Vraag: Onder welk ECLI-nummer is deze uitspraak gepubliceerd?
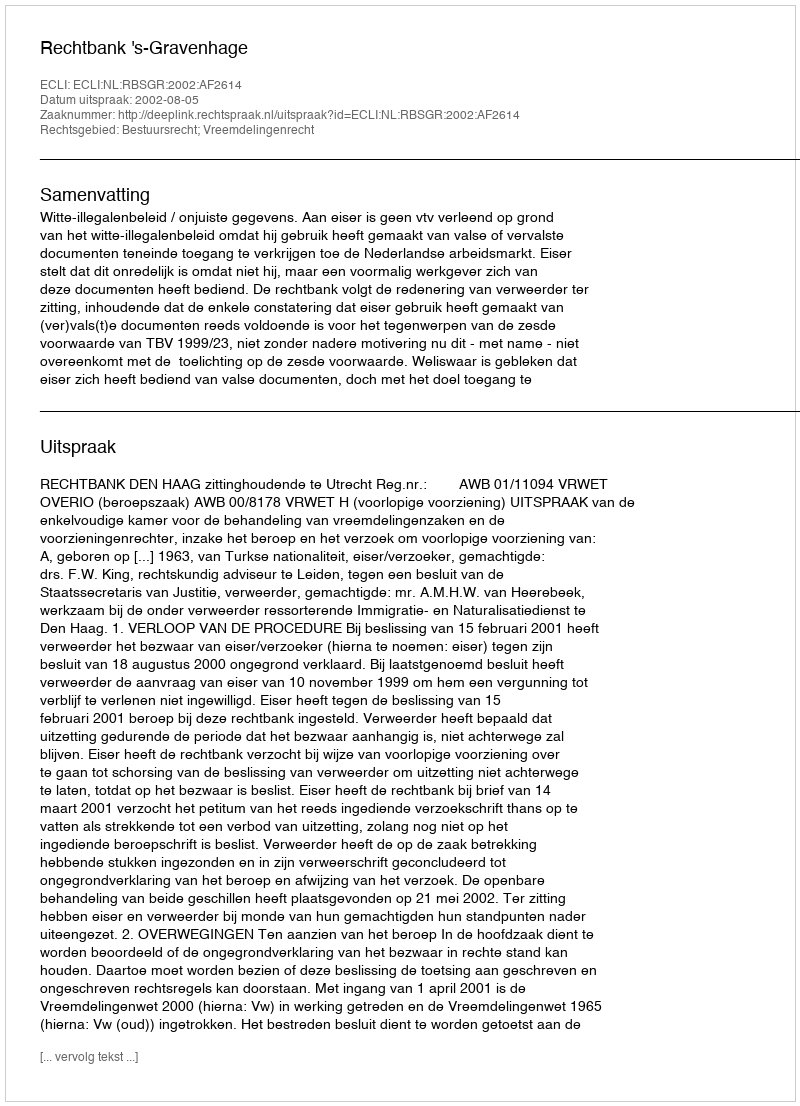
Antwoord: ECLI:NL:RBSGR:2002:AF2614